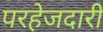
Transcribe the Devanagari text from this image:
परहेजदारी